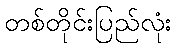
တစ်တိုင်းပြည်လုံး